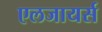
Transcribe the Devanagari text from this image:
एलजायर्स